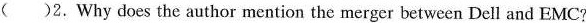
（）2.Why does the author mention the merger between Deil and EMC?